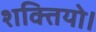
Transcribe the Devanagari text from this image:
शक्तियो।